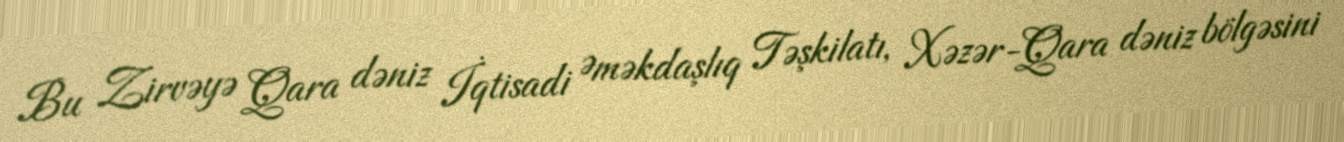
Bu Zirvəyə Qara dəniz İqtisadi Əməkdaşlıq Təşkilatı, Xəzər-Qara dəniz bölgəsini